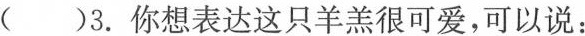
( )3.你想表达这只羊羔很可爱,可以说: